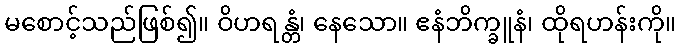
မစောင့်သည်ဖြစ်၍။ ဝိဟရန္တံ၊ နေသော။ ဧနံဘိက္ခူနံ၊ ထိုရဟန်းကို။